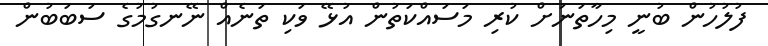
ފުލުހުން ބުނީ މިހާތަނަށް ކުރި މަސައްކަތުން އުޅޭ ވަކި ތަނެއް ނޭނގުމުގެ ސަބަބުން